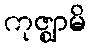
ကုဇ္ဈာမိ